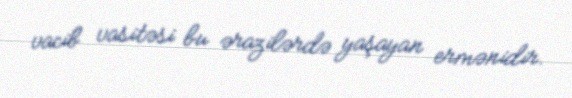
vacib vasitəsi bu ərazilərdə yaşayan ermənidir.